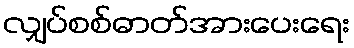
လျှပ်စစ်ဓာတ်အားပေးရေး